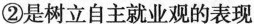
②是树立自主就业观的表现